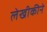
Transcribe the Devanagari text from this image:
लेखीकीने